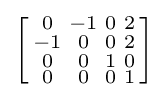
\left[{\begin{smallmatrix}0&-1&0&2\\-1&0&0&2\\0&0&1&0\\0&0&0&1\\\end{smallmatrix}}\right]